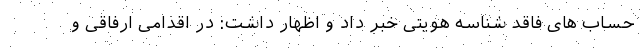
حساب های فاقد شناسه هویتی خبر داد و اظهار داشت: در اقدامی ارفاقی و